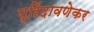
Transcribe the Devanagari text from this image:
प्रिंदावणेकर